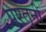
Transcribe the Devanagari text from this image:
पश्तूनी